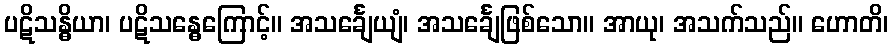
ပဋိသန္ဓိယာ၊ ပဋိသန္ဓေကြောင့်။ အသင်္ချေယျံ၊ အသင်္ချေဖြစ်သော။ အာယု၊ အသက်သည်။ ဟောတိ၊